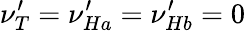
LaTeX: \nu_{T}^{\prime}=\nu_{Ha}^{\prime}=\nu_{Hb}^{\prime}=0